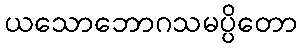
ယသောဘောဂသမပ္ပိတော